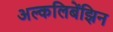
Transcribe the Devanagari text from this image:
अल्कलिबेंझिन